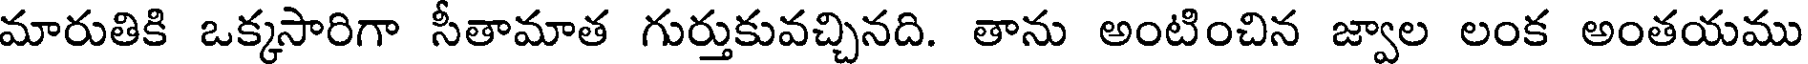
మారుతికి ఒక్కసారిగా సీతామాత గుర్తుకువచ్చినది. తాను అంటించిన జ్వాల లంక అంతయము